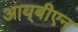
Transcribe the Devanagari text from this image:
आय्‌बीएन